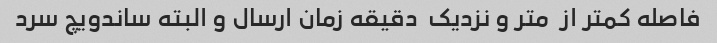
فاصله کمتر از  متر و نزدیک  دقیقه زمان ارسال و البته ساندویچ سرد